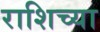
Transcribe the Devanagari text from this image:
राशिच्या